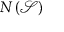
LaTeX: N \left( { \mathcal { S } } \right)